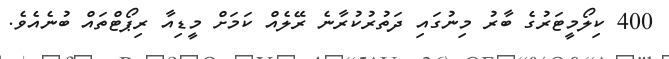
400 ކިލޯމީޓަރުގެ ބާރު މިނުގައި ދަތުރުކުރާނެ ރޭލެއް ކަމަށް މީޑިއާ ރިޕޯޓްތައް ބުނެއެވެ.